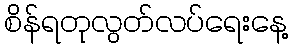
စိန်ရတုလွတ်လပ်ရေးနေ့